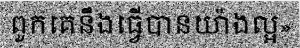
ពួកគេនឹងធ្វើបានយ៉ាងល្អ»